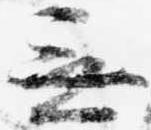
無